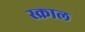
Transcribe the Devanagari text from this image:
स्क्राल